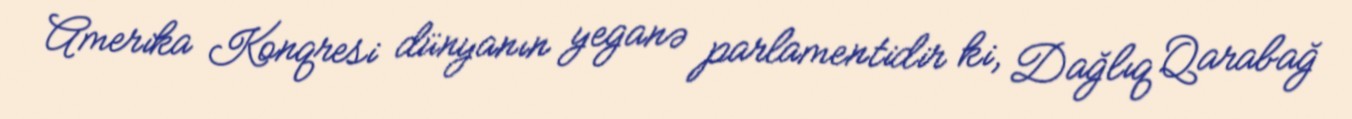
Amerika Konqresi dünyanın yeganə parlamentidir ki, Dağlıq Qarabağ